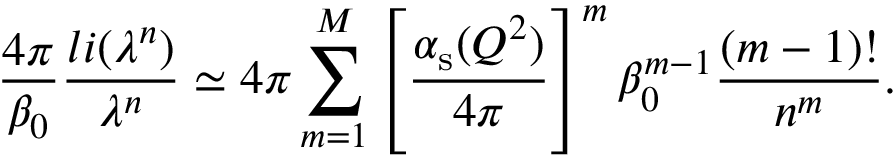
\frac { 4 \pi } { \beta _ { 0 } } \frac { l i ( \lambda ^ { n } ) } { \lambda ^ { n } } \simeq 4 \pi \sum _ { m = 1 } ^ { M } \left[ \frac { \alpha _ { \mathrm { s } } ( Q ^ { 2 } ) } { 4 \pi } \right] ^ { m } \beta _ { 0 } ^ { m - 1 } \frac { ( m - 1 ) ! } { n ^ { m } } .